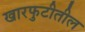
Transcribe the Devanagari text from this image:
खारफुटीतील